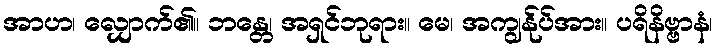
အာဟ၊ လျှောက်၏။ ဘန္တေ၊ အရှင်ဘုရား။ မေ၊ အကျွန်ုပ်အား။ ပရိနိဗ္ဗာနံ၊